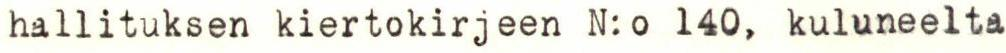
hallituksen kiertokirjeen N:o 140, kuluneelta